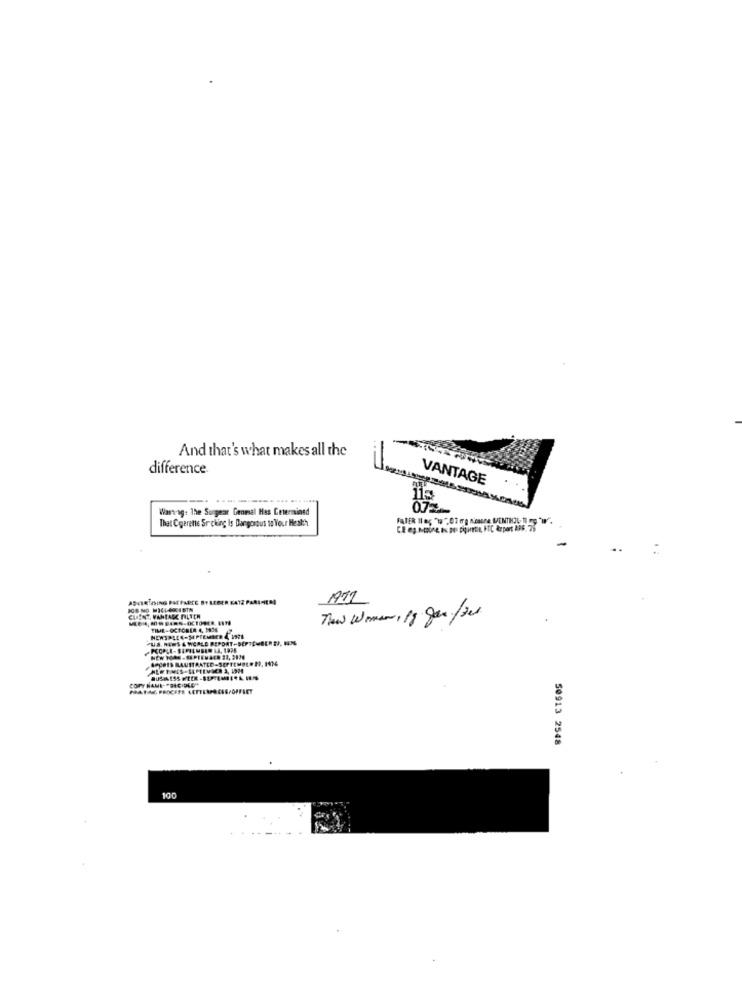
And that's what makes all the
difference.
VANTAGE
Wastag: The Surgear Cenmal Has Cetermined
07-
That Cogerette Srcking Is Dangerous to Your Health
ADVERTISING PAE FARCE BY LEGER KATZ PARIGILOS
1971
50913 2548
100